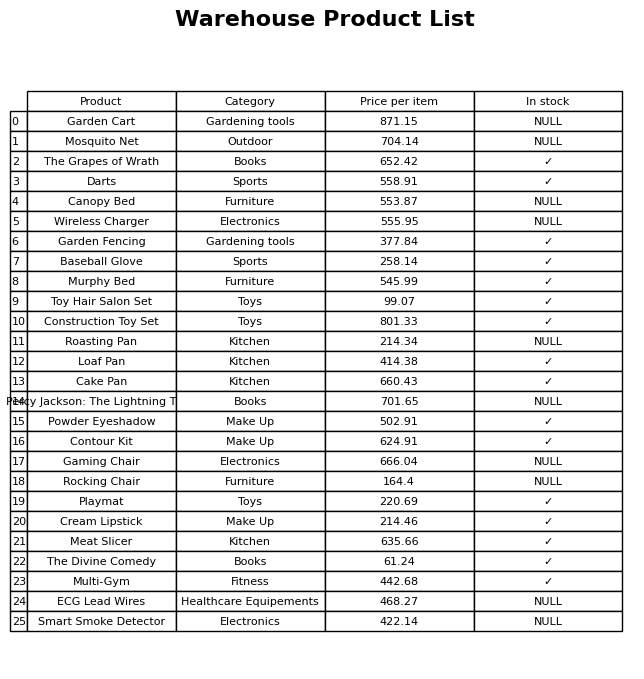
question: Which products are currently out of stock?
answer: Garden Cart, Mosquito Net, Canopy Bed, Wireless Charger, Roasting Pan, Percy Jackson: The Lightning Thief, Gaming Chair, Rocking Chair, ECG Lead Wires, Smart Smoke Detector